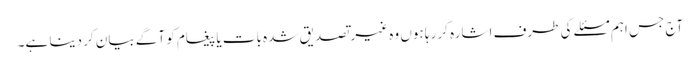
آج جس اہم مسئلے کی طرف اشارہ کر رہا ہوں وہ غیر تصدیق شدہ بات یا پیغام کو آگے بیان کر دینا ہے۔